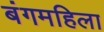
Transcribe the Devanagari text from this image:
बंगमहिला